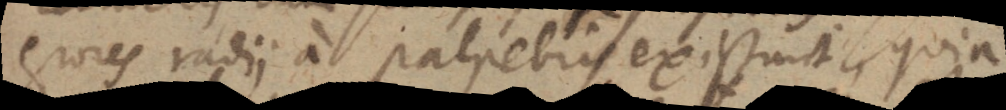
giores radii a palpebris existunt, quia